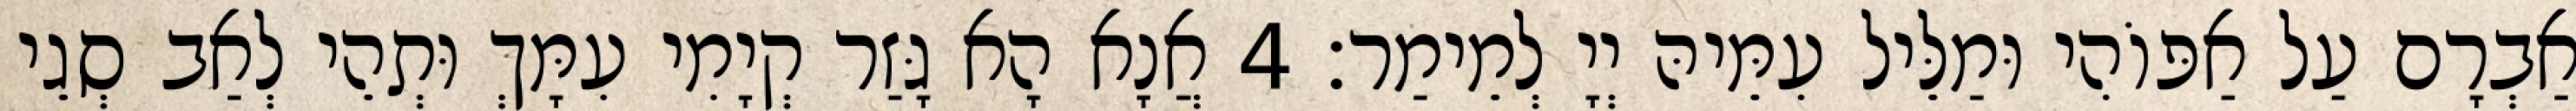
אַבְרָם עַל אַפּוֹהִי וּמַלֵּיל עִמֵּיהּ יְיָ לְמֵימַר׃ 4 אֲנָא הָא גָּזַר קְיָמִי עִמָּךְ וּתְהֵי לְאַב סְגֵי